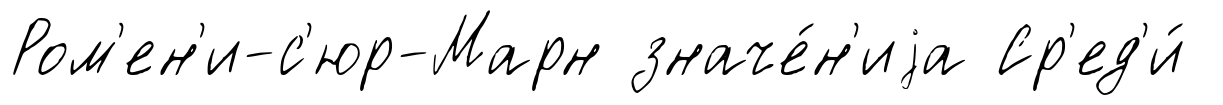
Ром'ен'и-с'юр-Марн значе́н'иjа Ср'ед'и́